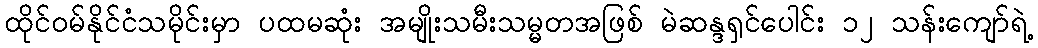
ထိုင်ဝမ်နိုင်ငံသမိုင်းမှာ ပထမဆုံး အမျိုးသမီးသမ္မတအဖြစ် မဲဆန္ဒရှင်ပေါင်း ၁၂ သန်းကျော်ရဲ့